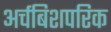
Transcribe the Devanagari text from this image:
अर्चबिशपरिक